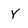
Character: Y